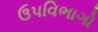
ઉપવિભાગો